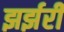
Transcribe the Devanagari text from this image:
झर्झरी